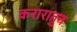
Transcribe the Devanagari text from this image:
करारातुन